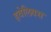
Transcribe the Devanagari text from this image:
हवेलियस